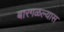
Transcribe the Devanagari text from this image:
बारगळल्यास